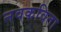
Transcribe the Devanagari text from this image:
नवकविता